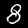
Label: 8